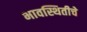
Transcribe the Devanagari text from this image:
भावस्थितीचे